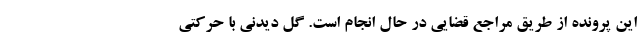
این پرونده از طریق مراجع قضایی در حال انجام است. گل دیدنی با حرکتی